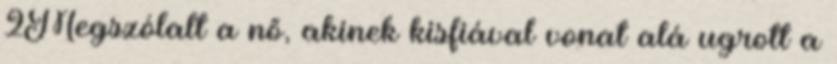
2Megszólalt a nő, akinek kisfiával vonat alá ugrott a